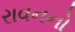
રાવનનો